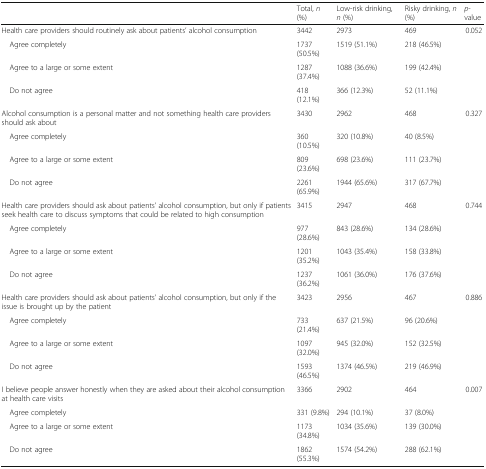
<table><thead><tr><td></td><td><b>Total, <i>n</i> (%)</b></td><td><b>Low-risk drinking, <i>n</i> (%)</b></td><td><b>Risky drinking, <i>n</i> (%)</b></td><td><b><i>p</i>-value</b></td></tr></thead><tbody><tr><td>Health care providers should routinely ask about patients’ alcohol consumption</td><td>3442</td><td>2973</td><td>469</td><td>0.052</td></tr><tr><td> Agree completely</td><td>1737 (50.5%)</td><td>1519 (51.1%)</td><td>218 (46.5%)</td><td></td></tr><tr><td> Agree to a large or some extent</td><td>1287 (37.4%)</td><td>1088 (36.6%)</td><td>199 (42.4%)</td><td></td></tr><tr><td> Do not agree</td><td>418 (12.1%)</td><td>366 (12.3%)</td><td>52 (11.1%)</td><td></td></tr><tr><td>Alcohol consumption is a personal matter and not something health care providers should ask about</td><td>3430</td><td>2962</td><td>468</td><td>0.327</td></tr><tr><td> Agree completely</td><td>360 (10.5%)</td><td>320 (10.8%)</td><td>40 (8.5%)</td><td></td></tr><tr><td> Agree to a large or some extent</td><td>809 (23.6%)</td><td>698 (23.6%)</td><td>111 (23.7%)</td><td></td></tr><tr><td> Do not agree</td><td>2261 (65.9%)</td><td>1944 (65.6%)</td><td>317 (67.7%)</td><td></td></tr><tr><td>Health care providers should ask about patients’ alcohol consumption, but only if patients seek health care to discuss symptoms that could be related to high consumption</td><td>3415</td><td>2947</td><td>468</td><td>0.744</td></tr><tr><td> Agree completely</td><td>977 (28.6%)</td><td>843 (28.6%)</td><td>134 (28.6%)</td><td></td></tr><tr><td> Agree to a large or some extent</td><td>1201 (35.2%)</td><td>1043 (35.4%)</td><td>158 (33.8%)</td><td></td></tr><tr><td> Do not agree</td><td>1237 (36.2%)</td><td>1061 (36.0%)</td><td>176 (37.6%)</td><td></td></tr><tr><td>Health care providers should ask about patients’ alcohol consumption, but only if the issue is brought up by the patient</td><td>3423</td><td>2956</td><td>467</td><td>0.886</td></tr><tr><td> Agree completely</td><td>733 (21.4%)</td><td>637 (21.5%)</td><td>96 (20.6%)</td><td></td></tr><tr><td> Agree to a large or some extent</td><td>1097 (32.0%)</td><td>945 (32.0%)</td><td>152 (32.5%)</td><td></td></tr><tr><td> Do not agree</td><td>1593 (46.5%)</td><td>1374 (46.5%)</td><td>219 (46.9%)</td><td></td></tr><tr><td>I believe people answer honestly when they are asked about their alcohol consumption at health care visits</td><td>3366</td><td>2902</td><td>464</td><td>0.007</td></tr><tr><td> Agree completely</td><td>331 (9.8%)</td><td>294 (10.1%)</td><td>37 (8.0%)</td><td></td></tr><tr><td> Agree to a large or some extent</td><td>1173 (34.8%)</td><td>1034 (35.6%)</td><td>139 (30.0%)</td><td></td></tr><tr><td> Do not agree</td><td>1862 (55.3%)</td><td>1574 (54.2%)</td><td>288 (62.1%)</td><td></td></tr></tbody></table>